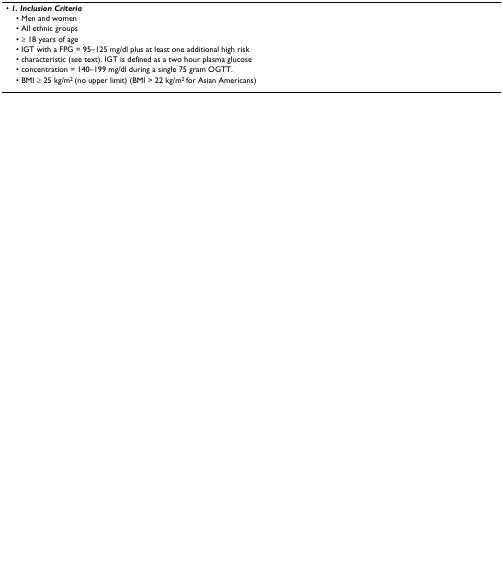
<table><thead><tr><td><b>• <i>1. Inclusion Criteria</i></b></td></tr><tr><td><b> • Men and women</b></td></tr><tr><td><b> • All ethnic groups</b></td></tr><tr><td><b> • ≥ 18 years of age</b></td></tr><tr><td><b> • IGT with a FPG = 95–125 mg/dl plus at least one additional high risk</b></td></tr><tr><td><b> • characteristic (see text). IGT is defined as a two hour plasma glucose</b></td></tr><tr><td><b> • concentration = 140–199 mg/dl during a single 75 gram OGTT.</b></td></tr><tr><td><b> • BMI ≥ 25 kg/m<sup>2 </sup>(no upper limit) (BMI &gt; 22 kg/m<sup>2 </sup>for Asian Americans)</b></td></tr></thead><tbody><tr><td>[EMPTY_CELL]</td></tr><tr><td>[EMPTY_CELL]</td></tr><tr><td>[EMPTY_CELL]</td></tr><tr><td>[EMPTY_CELL]</td></tr><tr><td>[EMPTY_CELL]</td></tr><tr><td>[EMPTY_CELL]</td></tr><tr><td>[EMPTY_CELL]</td></tr><tr><td>[EMPTY_CELL]</td></tr><tr><td>[EMPTY_CELL]</td></tr><tr><td>[EMPTY_CELL]</td></tr><tr><td>[EMPTY_CELL]</td></tr><tr><td>[EMPTY_CELL]</td></tr><tr><td>[EMPTY_CELL]</td></tr><tr><td>[EMPTY_CELL]</td></tr><tr><td>[EMPTY_CELL]</td></tr><tr><td>[EMPTY_CELL]</td></tr><tr><td>[EMPTY_CELL]</td></tr><tr><td>[EMPTY_CELL]</td></tr><tr><td>[EMPTY_CELL]</td></tr><tr><td>[EMPTY_CELL]</td></tr><tr><td>[EMPTY_CELL]</td></tr><tr><td>[EMPTY_CELL]</td></tr><tr><td>[EMPTY_CELL]</td></tr><tr><td>[EMPTY_CELL]</td></tr><tr><td>[EMPTY_CELL]</td></tr><tr><td>[EMPTY_CELL]</td></tr><tr><td>[EMPTY_CELL]</td></tr><tr><td>[EMPTY_CELL]</td></tr><tr><td>[EMPTY_CELL]</td></tr><tr><td>[EMPTY_CELL]</td></tr><tr><td>[EMPTY_CELL]</td></tr><tr><td>[EMPTY_CELL]</td></tr><tr><td>[EMPTY_CELL]</td></tr><tr><td>[EMPTY_CELL]</td></tr><tr><td>[EMPTY_CELL]</td></tr><tr><td>[EMPTY_CELL]</td></tr><tr><td>[EMPTY_CELL]</td></tr><tr><td>[EMPTY_CELL]</td></tr><tr><td>[EMPTY_CELL]</td></tr><tr><td>[EMPTY_CELL]</td></tr></tbody></table>